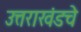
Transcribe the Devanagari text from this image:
उत्तराखंडचे